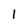
Character: l